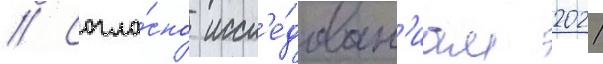
// Согла́сно иссл'е́дован'иам 2021